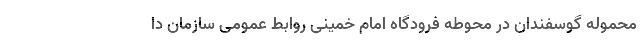
محموله گوسفندان در محوطه فرودگاه امام خمینی روابط عمومی سازمان دا